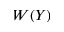
W ( Y )